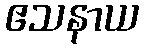
ဧသနာယ